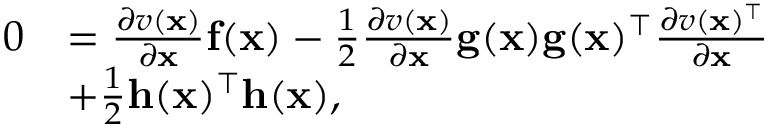
\begin{array} { r l } { 0 } & { = \frac { \partial v ( \mathbf { x } ) } { \partial \mathbf { x } } \mathbf { f } ( \mathbf { x } ) - \frac { 1 } { 2 } \frac { \partial v ( \mathbf { x } ) } { \partial \mathbf { x } } \mathbf { g } ( \mathbf { x } ) \mathbf { g } ( \mathbf { x } ) ^ { \top } \frac { \partial v ( \mathbf { x } ) ^ { \top } } { \partial \mathbf { x } } } \\ & { + \frac { 1 } { 2 } \mathbf { h } ( \mathbf { x } ) ^ { \top } \mathbf { h } ( \mathbf { x } ) , } \end{array}